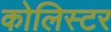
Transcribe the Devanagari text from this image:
कोलिस्टर